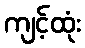
ကျင့်ထုံး